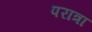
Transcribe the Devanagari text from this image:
परात्रा